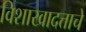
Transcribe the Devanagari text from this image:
विशाखादत्ताचे